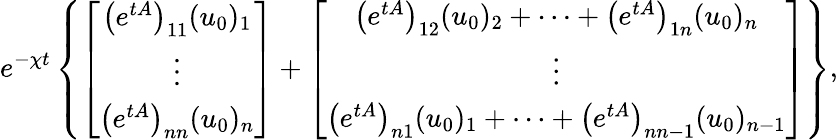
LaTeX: e^{-\chi t}\left\{ \left[\begin{array}{c}{\left(e^{tA}\right)_{11}(u_{0})_{1}}\\ {\vdots}\\ {\left(e^{tA}\right)_{nn}(u_{0})_{n}}\end{array}\right]+\left[\begin{array}{c}{\left(e^{tA}\right)_{12}(u_{0})_{2}+\cdots+\left(e^{tA}\right)_{1n}(u_{0})_{n}}\\ {\vdots}\\ {\left(e^{tA}\right)_{n1}(u_{0})_{1}+\cdots+\left(e^{tA}\right)_{nn-1}(u_{0})_{n-1}}\end{array}\right]\right\} ,